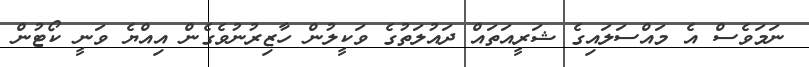
ނަމަވެސް އެ މައްސަލައިގެ ޝަރީއަތައް ދައުލަތުގެ ވަކީލުން ހާޒިރުނުވެގެން އިއްޔެ ވަނީ ކޯޓުން